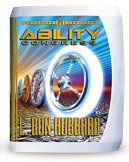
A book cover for Ability Congress (Congress Lectures); L. Ron Hubbard; Religion & Spirituality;